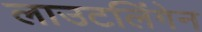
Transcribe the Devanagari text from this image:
लाउटलिंगेन